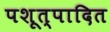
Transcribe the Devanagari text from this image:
पशूत्पादित